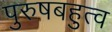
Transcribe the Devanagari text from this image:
पुरुषबहुत्व